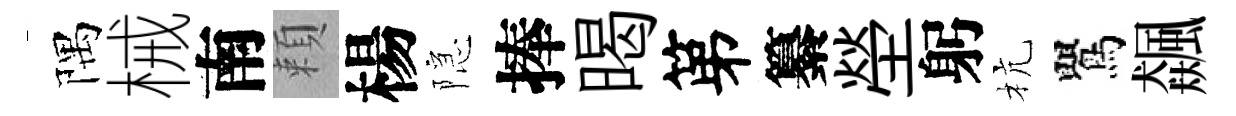
隅械南頼楊隠捧暍第纂塋躬杭鸎飆